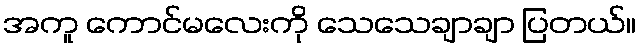
အကူ ကောင်မလေးကို သေသေချာချာ ပြတယ်။